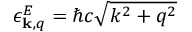
\epsilon _ { { \bf k } , q } ^ { E } = \hbar c \sqrt { k ^ { 2 } + q ^ { 2 } }